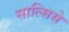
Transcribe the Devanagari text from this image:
साल्सिसे